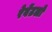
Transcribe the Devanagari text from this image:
रेवेंटलो